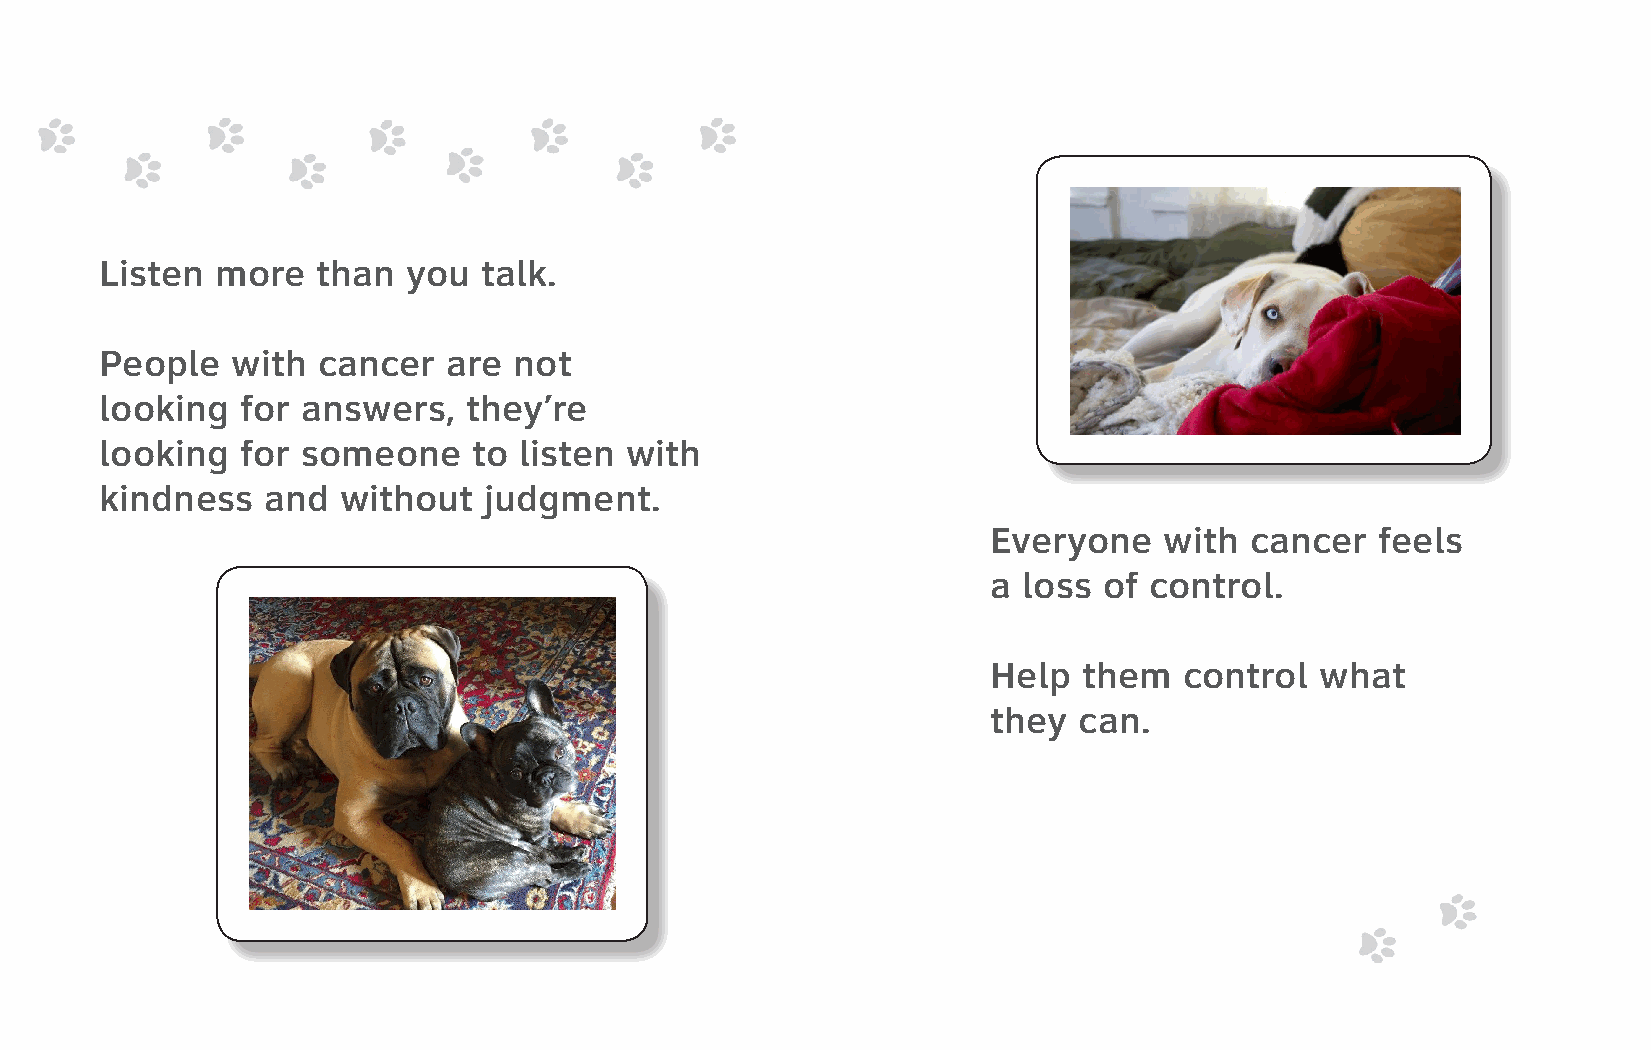
Listen more   than  you  talk.
 People  with  cancer   are not
 looking  for answers,   they’re
 looking  for someone    to listen with
 kindness  and   without  judgment.
 Everyone   with  cancer  feels
 a loss of control.
 Help  them  control  what
 they can.